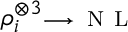
\rho _ { i } ^ { \otimes 3 } \substack { \longrightarrow \, \mathrm { ~ N ~ L ~ } }